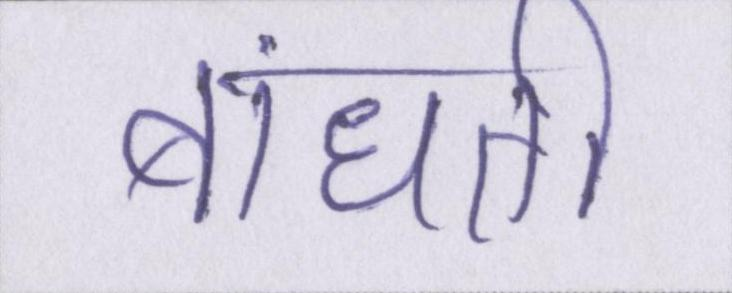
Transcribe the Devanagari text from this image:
बांधती